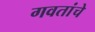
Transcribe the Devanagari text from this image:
गवतांचे